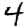
Digit: 4